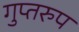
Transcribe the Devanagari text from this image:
गुप्तरुप